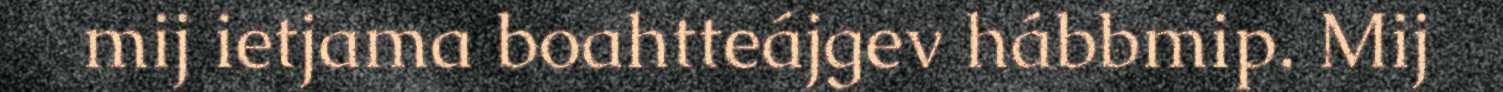
mij ietjama boahtteájgev hábbmip. Mij